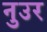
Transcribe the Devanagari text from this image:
नुउर